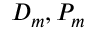
D _ { m } , P _ { m }